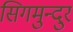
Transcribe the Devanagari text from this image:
सिगमुन्दुर